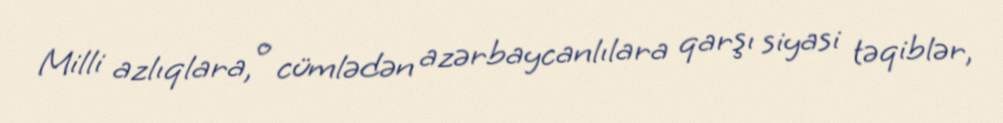
Milli azlıqlara, o cümlədən azərbaycanlılara qarşı siyasi təqiblər,